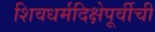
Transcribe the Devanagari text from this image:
शिवधर्मदिक्षेपूर्वीची